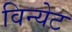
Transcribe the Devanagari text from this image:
विन्येट